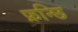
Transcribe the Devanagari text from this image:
फ्रन्छि